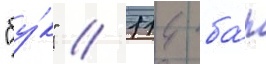
"бу́к" // 114 ба́п